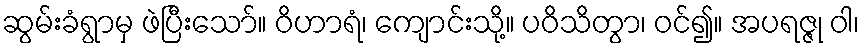
ဆွမ်းခံရွာမှ ဖဲပြီးသော်။ ဝိဟာရံ၊ ကျောင်းသို့။ ပဝိသိတွာ၊ ဝင်၍။ အပရဇ္ဇု ဝါ၊